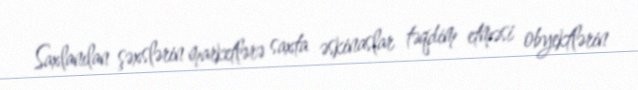
Saxlanılan şəxslərin marketlərə saxta əskinaslar təqdim etməsi obyektlərin